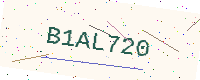
Text: B1AL720